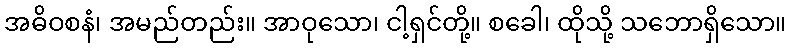
အဓိဝစနံ၊ အမည်တည်း။ အာဝုသော၊ ငါ့ရှင်တို့။ စခေါ၊ ထိုသို့ သဘောရှိသော။